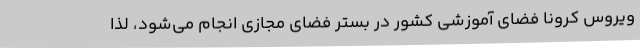
ویروس کرونا فضای آموزشی کشور در بستر فضای مجازی انجام می‌شود، لذا